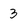
Character: 3